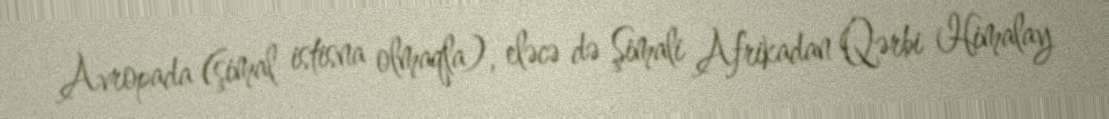
Avropada (şimal istisna olmaqla), eləcə də Şimali Afrikadan Qərbi Himalay